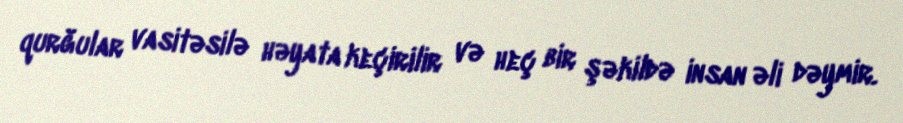
qurğular vasitəsilə həyata keçirilir və heç bir şəkildə insan əli dəymir.